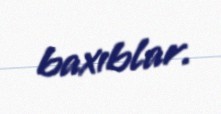
baxıblar.